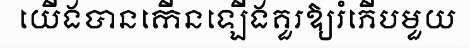
យើងបានកើនឡើងគួរឱ្យរំភើបមួយ